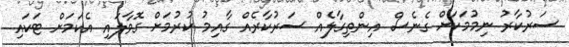
ސަރުކާރު ނިމުމަކަށް ގެނެސް އިންތިގާލެއް ސަރުކާރެއްް ގާއިމު ކުރުމަށް ގޮވާލައި އެކަމަށް ޓަކައި